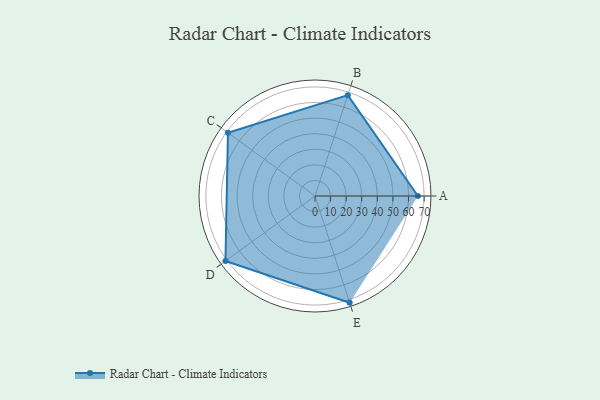
{"axis": {"x": "Skill", "y": "Score"}, "legend": ["Profile"], "data": [{"x": "A", "y": 66.0, "type": "Profile"}, {"x": "B", "y": 68.0, "type": "Profile"}, {"x": "C", "y": 69.0, "type": "Profile"}, {"x": "D", "y": 71.0, "type": "Profile"}, {"x": "E", "y": 72.0, "type": "Profile"}]}